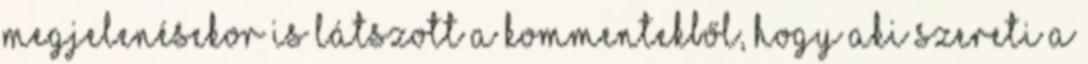
megjelenésekor is látszott a kommentekből, hogy aki szereti a